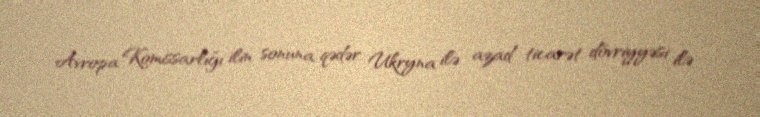
Avropa Komissarlığı ilin sonuna qədər Ukryna ilə azad ticarət dövriyyəsi ilə